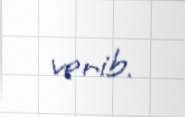
verib.